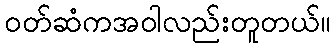
၀တ်ဆံကအဝါလည်းတူတယ်။